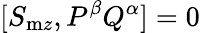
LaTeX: [S_{\mathrm{m}z},P^{\beta}Q^{\alpha}]=0